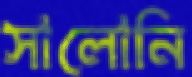
সালোনি